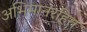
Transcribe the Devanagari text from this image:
अभिमानरहित